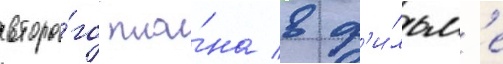
второ́го пла́на в ф'и́льм'е